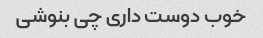
خوب دوست داری چی بنوشی